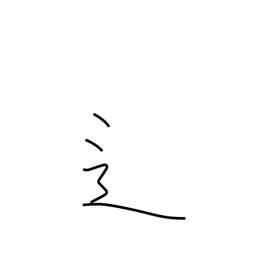
Meaning: road radical variant (no. 162)